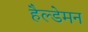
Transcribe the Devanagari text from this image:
हैल्डेमन